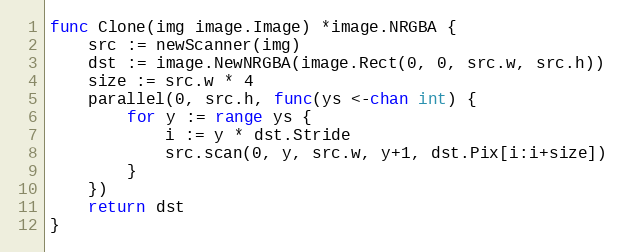
Language: Go
func Clone(img image.Image) *image.NRGBA {
	src := newScanner(img)
	dst := image.NewNRGBA(image.Rect(0, 0, src.w, src.h))
	size := src.w * 4
	parallel(0, src.h, func(ys <-chan int) {
		for y := range ys {
			i := y * dst.Stride
			src.scan(0, y, src.w, y+1, dst.Pix[i:i+size])
		}
	})
	return dst
}